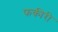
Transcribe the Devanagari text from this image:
फकीरी